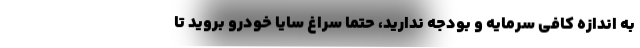
به اندازه کافی سرمایه و بودجه ندارید، حتما سراغ سایا خودرو بروید تا